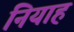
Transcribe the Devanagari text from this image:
नियाह